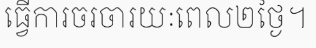
ធ្វើការចរចារយៈពេល២ថ្ងៃ។